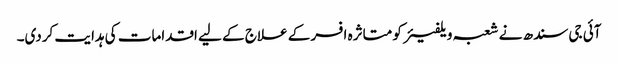
آئی جی سندھ نے شعبہ ویلفیئر کو متاثرہ افسر کے علاج کے لیے اقدامات کی ہدایت کردی۔